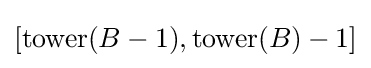
[{\text{tower}}(B-1),{\text{tower}}(B)-1]